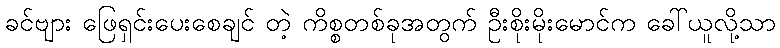
ခင်ဗျား ဖြေရှင်းပေးစေချင် တဲ့ ကိစ္စတစ်ခုအတွက် ဦးစိုးမိုးမောင်က ခေါ်ယူလို့သာ